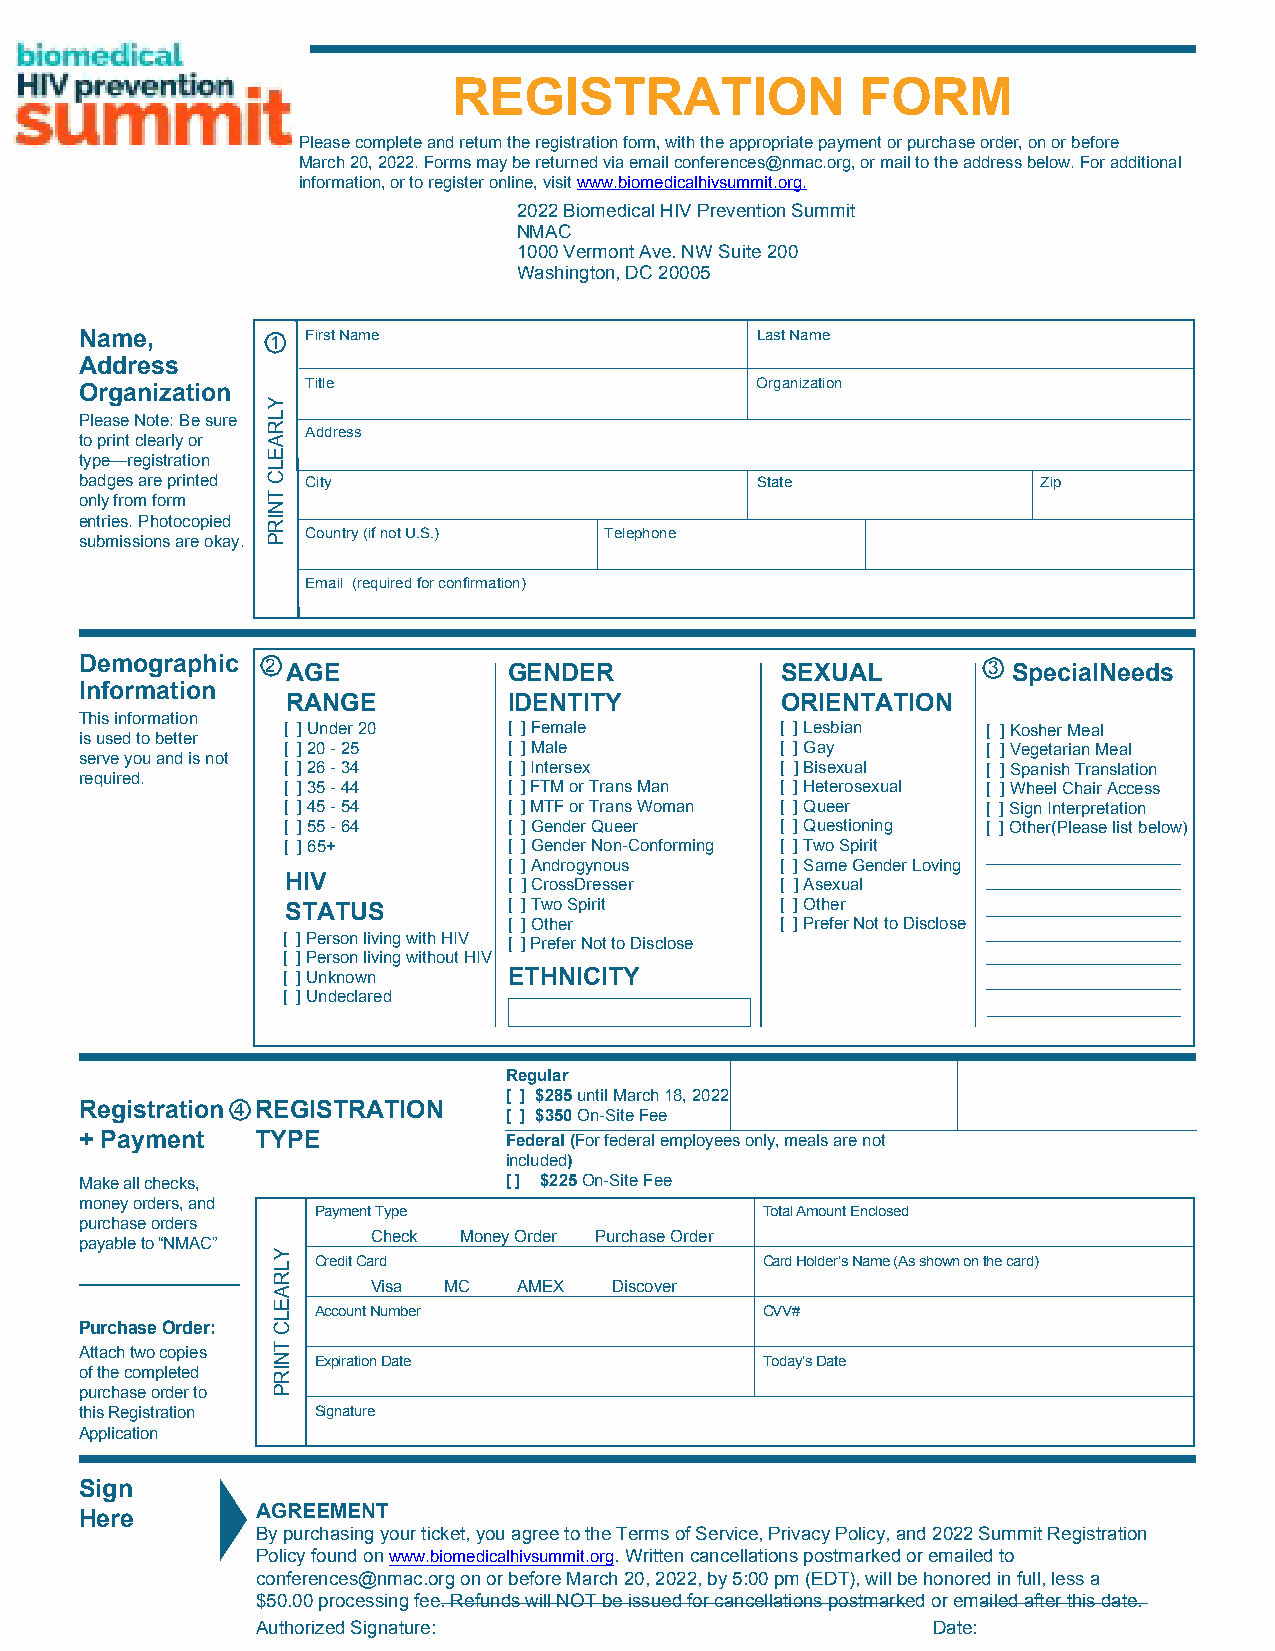
REGISTRATION               FORM
 Please complete and return the registration form, with the appropriate payment or purchase order, on or before
 March 20, 2022. Forms may be returned via email conferences@nmac.org, or mail to the address below. For additional
 information, or to register online, visit www.biomedicalhivsummit.org.
 2022 Biomedical HIV Prevention Summit
 NMAC
 1000 Vermont Ave. NW Suite 200
 Washington, DC 20005
 Name,        1 First Name                    Last Name
 Address
 Title                         Organization
 Organization
 Please Note: Be sure
 Address
 to print clearly or
 type—registration
 badges are printed City                      State              Zip
 only from form
 entries. Photocopied
 Country (if not U.S.) Telephone
 submissions are okay.
 Email (required for confirmation)
 Demographic  2 AGE           GENDER            SEXUAL       3 SpecialNeeds
 Information
 RANGE          IDENTITY          ORIENTATION
 This information
 [ ] Under 20   [ ] Female        [ ] Lesbian  [ ] Kosher Meal
 is used to better
 [ ] 20 - 25    [ ] Male          [ ] Gay      [ ] Vegetarian Meal
 serve you and is not
 [ ] 26 - 34    [ ] Intersex      [ ] Bisexual [ ] Spanish Translation
 required.
 [ ] 35 - 44    [ ] FTM or Trans Man [ ] Heterosexual [ ] Wheel Chair Access
 [ ] 45 - 54    [ ] MTF or Trans Woman [ ] Queer [ ] Sign Interpretation
 [ ] 55 - 64    [ ] Gender Queer  [ ] Questioning [ ] Other(Please list below)
 [ ] 65+        [ ] Gender Non-Conforming [ ] Two Spirit
 [ ] Androgynous   [ ] Same Gender Loving
 HIV            [ ] CrossDresser  [ ] Asexual
 STATUS         [ ] Two Spirit    [ ] Other
 [ ] Other         [ ] Prefer Not to Disclose
 [ ] Person living with HIV [ ] Prefer Not to Disclose
 [ ] Person living without HIV
 [ ] Unknown    ETHNICITY
 [ ] Undeclared
 Regular
 [ ] $285 until March 18, 2022
 Registration 4 REGISTRATION
 [ ] $350 On-Site Fee
 + Payment   TYPE            Federal (For federal employees only, meals are not
 included)
 Make all checks,            [ ] $225 On-Site Fee
 money orders, and
 Payment Type                 Total Amount Enclosed
 purchase orders
 Check Money Order Purchase Order
 payable to “NMAC”
 Credit Card                  Card Holder’s Name (As shown on the card)
 Visa MC  AMEX  Discover
 Account Number               CVV#
 Purchase Order:
 Attach two copies
 Expiration Date              Today’s Date
 of the completed
 purchase order to
 this Registration Signature
 Application
 Sign
 Here        AGREEMENT
 By purchasing your ticket, you agree to the Terms of Service, Privacy Policy, and 2022 Summit Registration
 Policy found on www.biomedicalhivsummit.org. Written cancellations postmarked or emailed to
 conferences@nmac.org on or before March 20, 2022, by 5:00 pm (EDT), will be honored in full, less a
 $50.00 processing fee. Refunds will NOT be issued for cancellations postmarked or emailed after this date.
 Authorized Signature:                        Date:
 YLRAELC
 TNIRP
 YLRAELC
 TNIRP